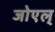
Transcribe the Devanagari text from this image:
जोएल्‌